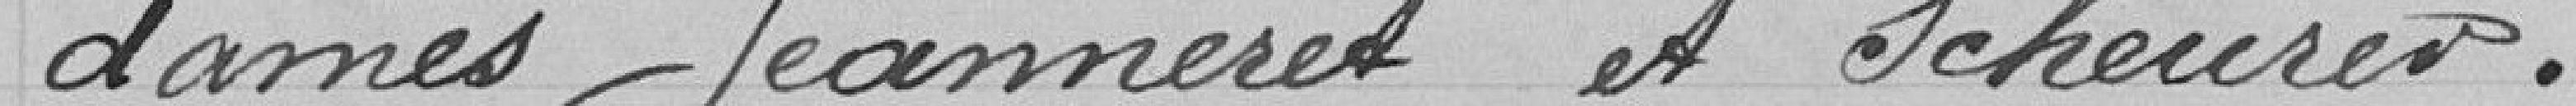
-dames Jeanneret et Scheurer